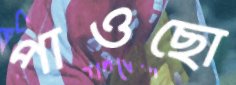
পাওছো